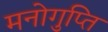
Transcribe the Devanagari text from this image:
मनोगुप्ति